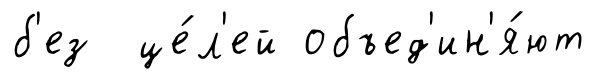
б'ез це́л'ей объед'ин'я́ют